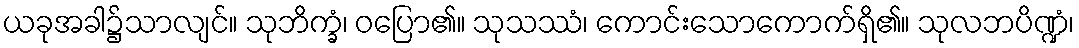
ယခုအခါ၌သာလျင်။ သုဘိက္ခံ၊ ဝပြော၏။ သုသဿံ၊ ကောင်းသောကောက်ရှိ၏။ သုလဘပိဏ္ဍံ၊